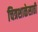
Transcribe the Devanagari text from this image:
चित्रशाळेसाठी